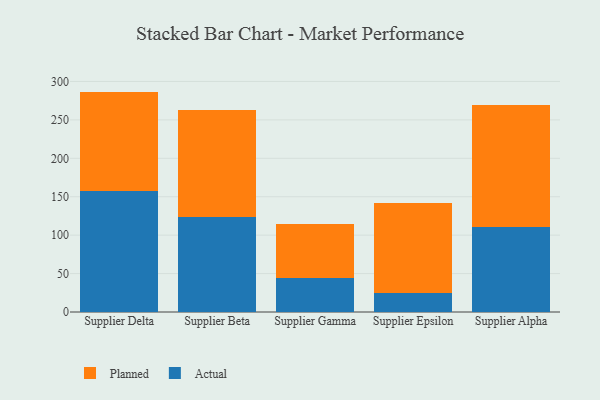
{"axis": {"x": "Supplier", "y": "Tickets Resolved"}, "legend": ["Actual", "Planned"], "data": [{"x": "Supplier Delta", "y": 157.5, "type": "Actual"}, {"x": "Supplier Delta", "y": 129.3, "type": "Planned"}, {"x": "Supplier Beta", "y": 124.1, "type": "Actual"}, {"x": "Supplier Beta", "y": 138.2, "type": "Planned"}, {"x": "Supplier Gamma", "y": 44.2, "type": "Actual"}, {"x": "Supplier Gamma", "y": 70.1, "type": "Planned"}, {"x": "Supplier Epsilon", "y": 24.8, "type": "Actual"}, {"x": "Supplier Epsilon", "y": 117.3, "type": "Planned"}, {"x": "Supplier Alpha", "y": 110.0, "type": "Actual"}, {"x": "Supplier Alpha", "y": 159.1, "type": "Planned"}]}